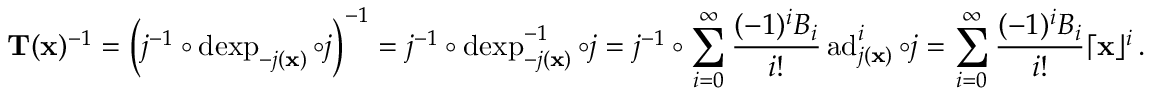
\mathbf T ( \mathbf x ) ^ { - 1 } = \left( j ^ { - 1 } \circ \operatorname { d e x p } _ { - j ( \mathbf x ) } \circ j \right) ^ { - 1 } = j ^ { - 1 } \circ \operatorname { d e x p } _ { - j ( \mathbf x ) } ^ { - 1 } \circ j = j ^ { - 1 } \circ \sum _ { i = 0 } ^ { \infty } \frac { ( - 1 ) ^ { i } B _ { i } } { i ! } \operatorname { a d } _ { j ( \mathbf x ) } ^ { i } \circ j = \sum _ { i = 0 } ^ { \infty } \frac { ( - 1 ) ^ { i } B _ { i } } { i ! } \lceil \mathbf x \rfloor ^ { i } \, .